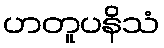
ဟတူပနိသံ